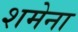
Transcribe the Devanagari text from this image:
शमेना